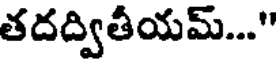
తదద్వితీయమ్..."